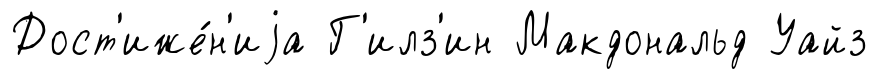
Дост'иже́н'иjа Г'илз'ин Макдональд Уайз